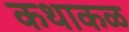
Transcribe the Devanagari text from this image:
कथाकळ